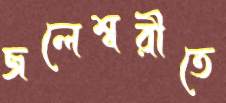
জলেশ্বরীতে